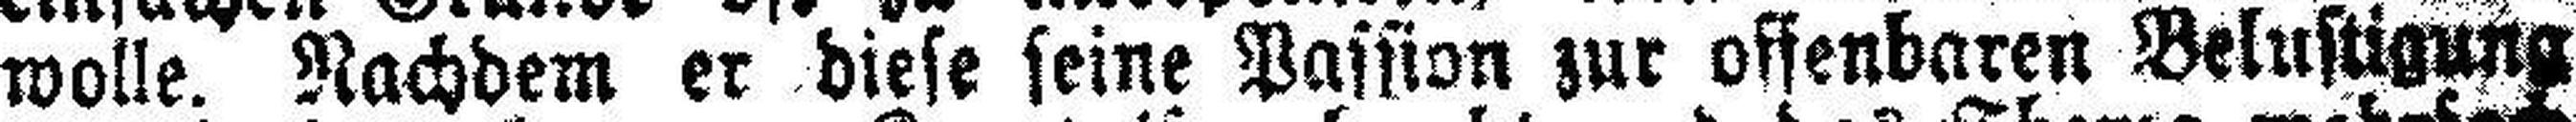
wolle. Nachdem er diese seine Passion zur offenbaren Belustigung